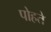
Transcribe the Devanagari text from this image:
पोहते